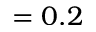
= 0 . 2